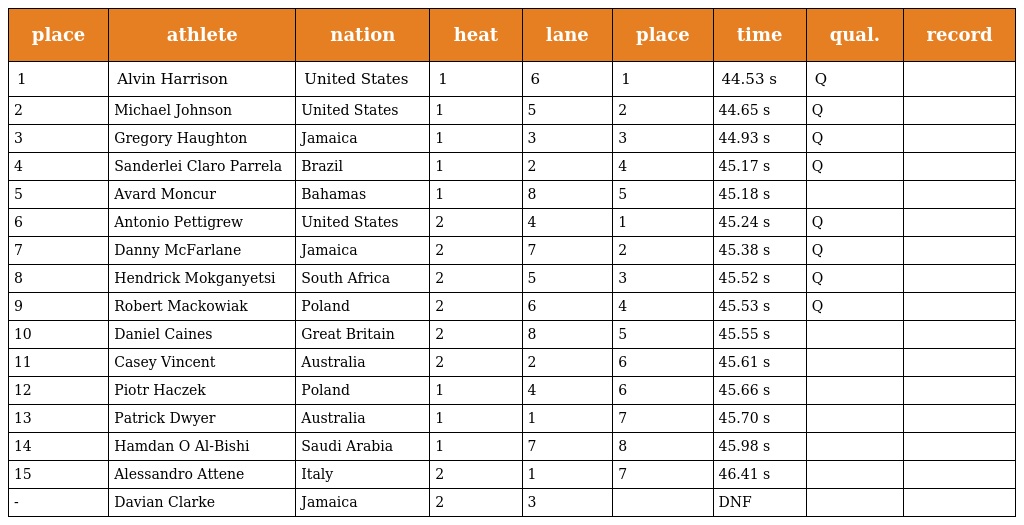
| place | athlete | nation | heat | lane | place | time | qual. | record |
 | --- | --- | --- | --- | --- | --- | --- | --- | --- |
 | 1 | Alvin Harrison | United States | 1 | 6 | 1 | 44.53 s | Q |  |
 | 2 | Michael Johnson | United States | 1 | 5 | 2 | 44.65 s | Q |  |
 | 3 | Gregory Haughton | Jamaica | 1 | 3 | 3 | 44.93 s | Q |  |
 | 4 | Sanderlei Claro Parrela | Brazil | 1 | 2 | 4 | 45.17 s | Q |  |
 | 5 | Avard Moncur | Bahamas | 1 | 8 | 5 | 45.18 s |  |  |
 | 6 | Antonio Pettigrew | United States | 2 | 4 | 1 | 45.24 s | Q |  |
 | 7 | Danny McFarlane | Jamaica | 2 | 7 | 2 | 45.38 s | Q |  |
 | 8 | Hendrick Mokganyetsi | South Africa | 2 | 5 | 3 | 45.52 s | Q |  |
 | 9 | Robert Mackowiak | Poland | 2 | 6 | 4 | 45.53 s | Q |  |
 | 10 | Daniel Caines | Great Britain | 2 | 8 | 5 | 45.55 s |  |  |
 | 11 | Casey Vincent | Australia | 2 | 2 | 6 | 45.61 s |  |  |
 | 12 | Piotr Haczek | Poland | 1 | 4 | 6 | 45.66 s |  |  |
 | 13 | Patrick Dwyer | Australia | 1 | 1 | 7 | 45.70 s |  |  |
 | 14 | Hamdan O Al-Bishi | Saudi Arabia | 1 | 7 | 8 | 45.98 s |  |  |
 | 15 | Alessandro Attene | Italy | 2 | 1 | 7 | 46.41 s |  |  |
 | - | Davian Clarke | Jamaica | 2 | 3 |  | DNF |  |  |